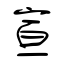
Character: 宣